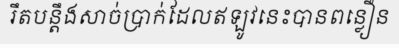
រឹតបន្តឹងសាច់ប្រាក់ដែលឥឡូវនេះបានពន្លឿន